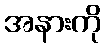
အနားကို